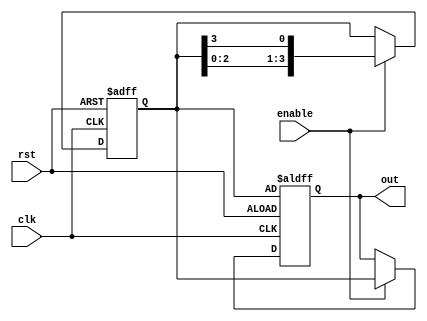
module ring_counter_with_enable (
    input wire clk,       // Clock signal
    input wire rst,       // Reset signal
    input wire enable,    // Enable signal
    output reg [3:0] out  // Output of the ring counter
);

reg [3:0] counter;

always @(posedge clk or posedge rst) begin
    if (rst) begin
        counter <= 4'b0001; // Initialize counter to start at the first position
        out <= counter;
    end else if (enable) begin
        counter <= {counter[2:0], counter[3]}; // Shift the counter value to the right by 1
        out <= counter;
    end
end

endmodule